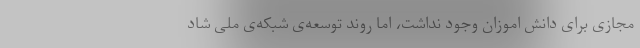
مجازی برای دانش اموزان وجود نداشت، اما روند توسعه‌ی شبکه‌ی ملی شاد